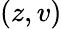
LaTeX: (z,v)